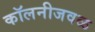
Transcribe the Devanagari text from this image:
कॉलनीजवळ